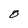
Character: O